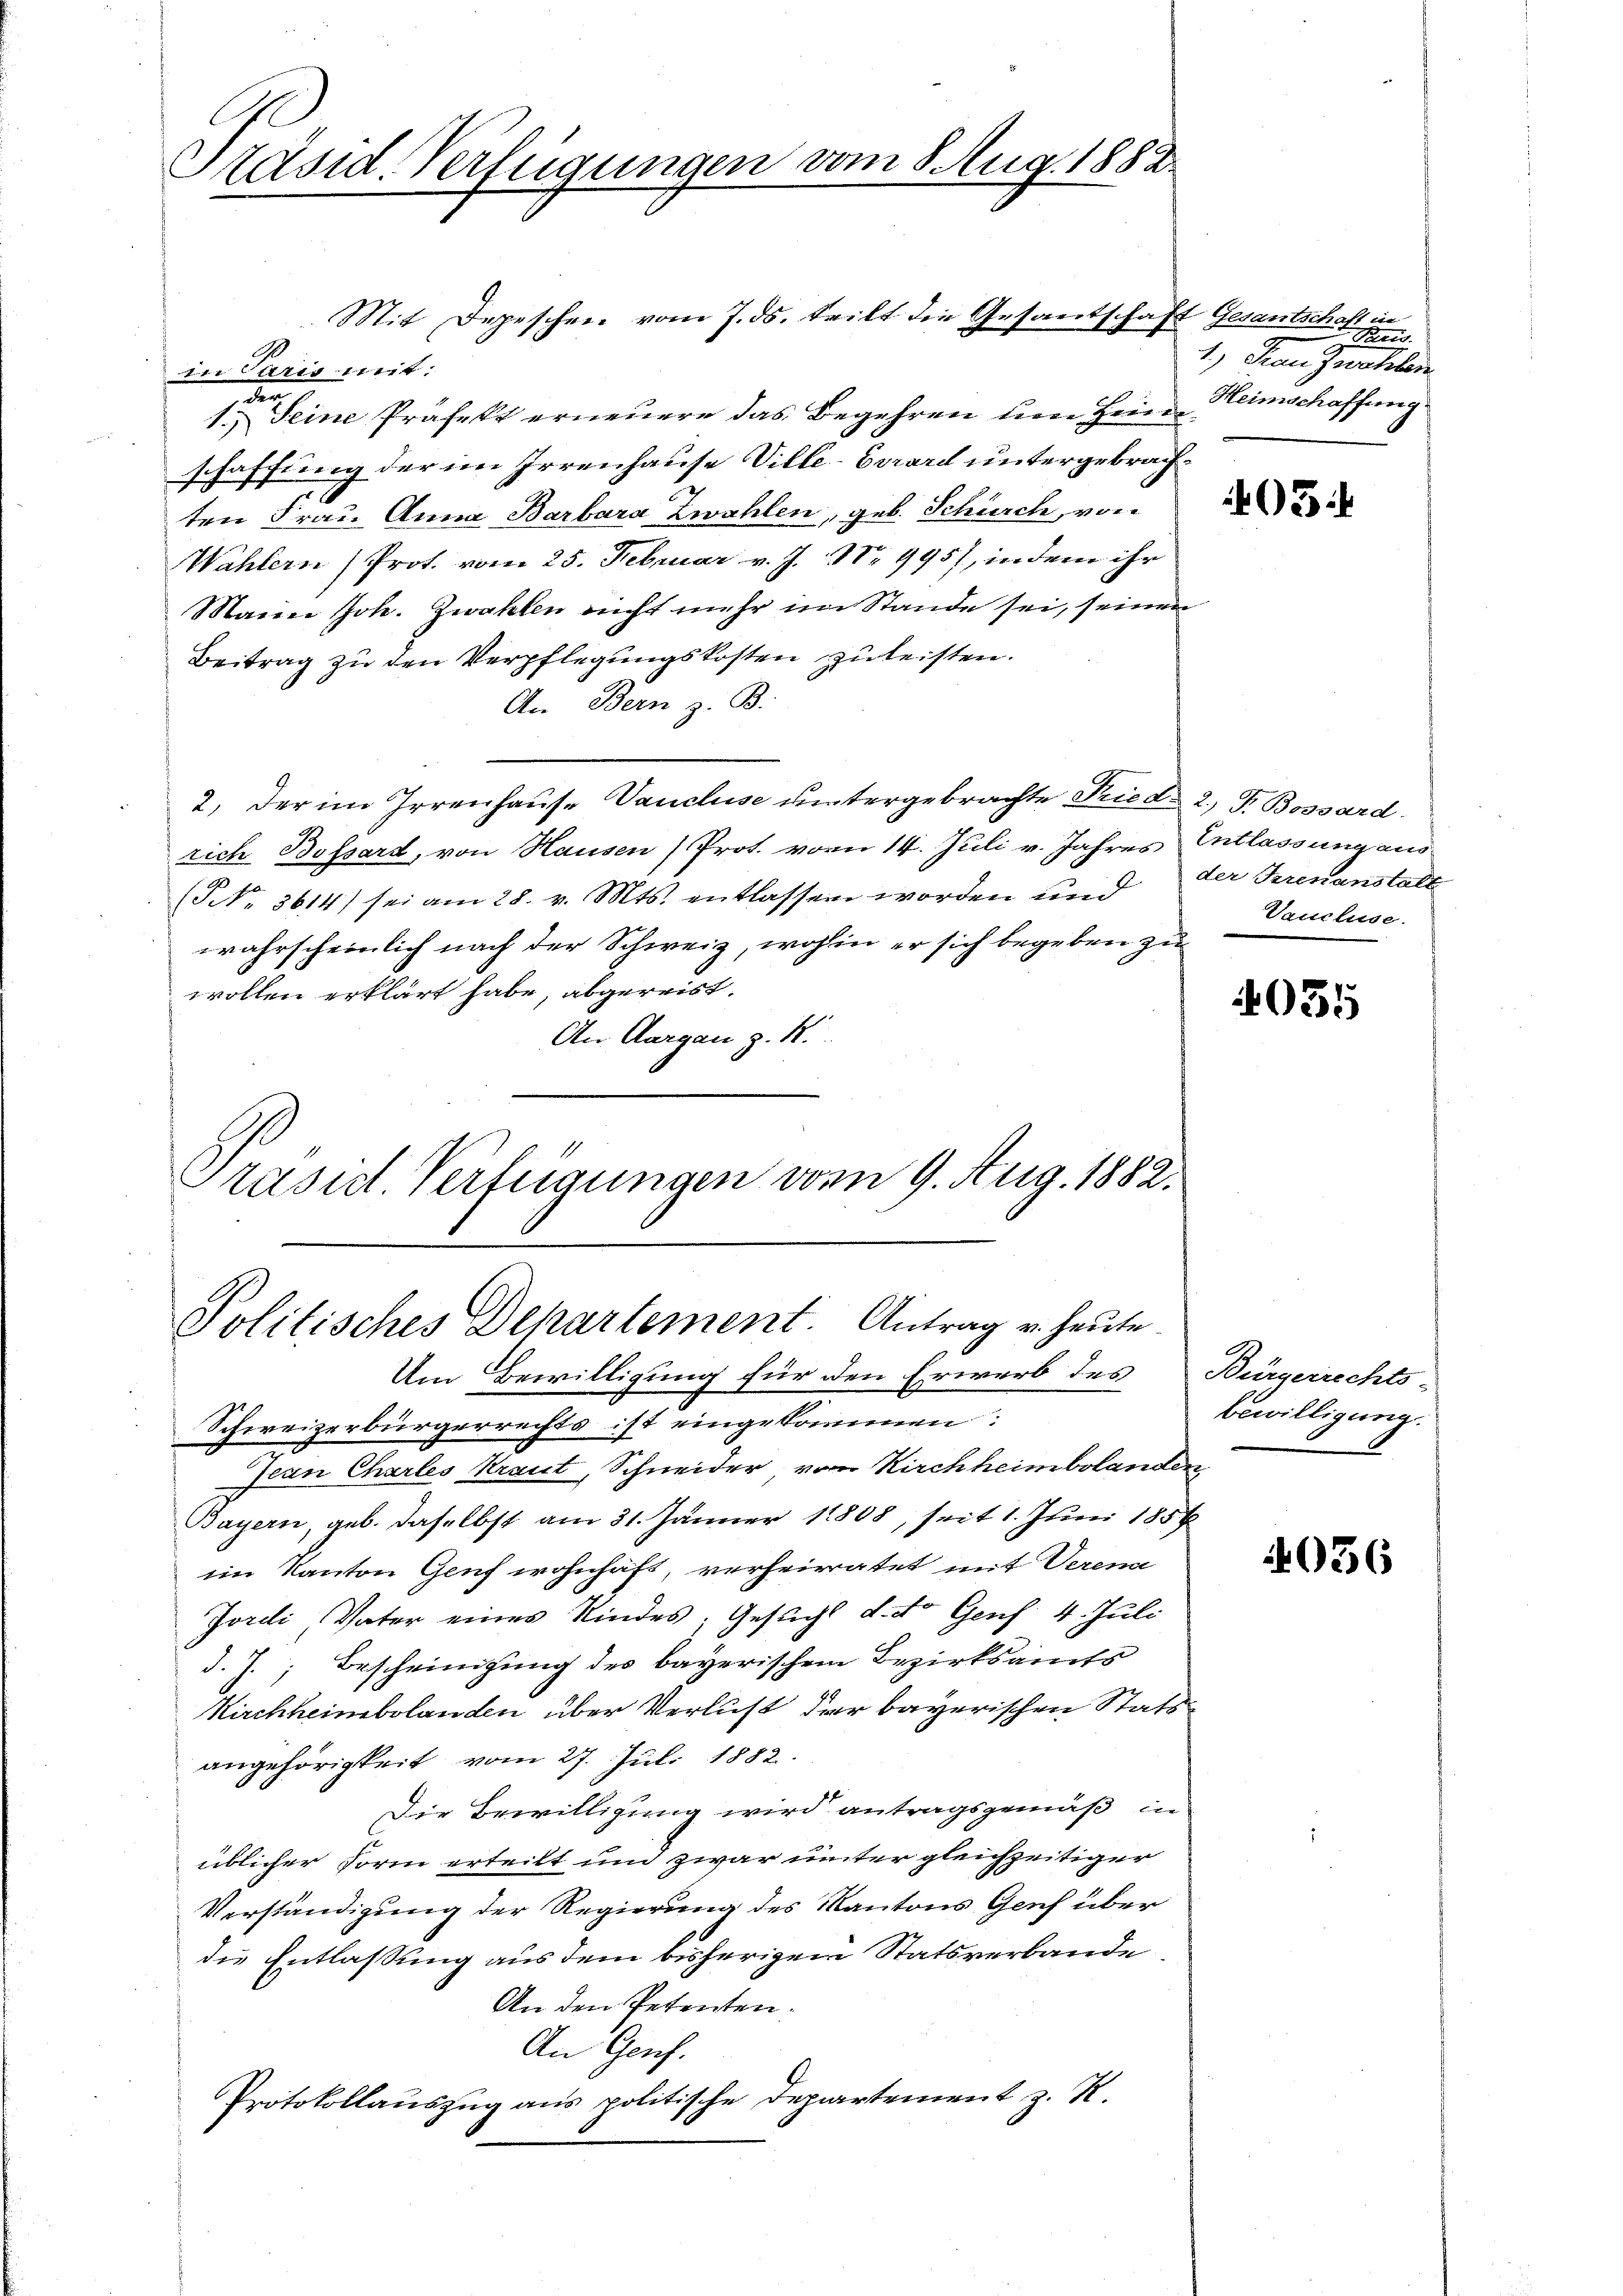
Präsid-Verfügungen vom 8 Aug. 1882

Mit Depeschen vom 7. ds. teilt die Gesandschaft Gesantschaft in
in Paris mit:
den
1. Seine Präfekt erneuere das Begehren um Heim Heimschaffung
schaffung der im Irrenhause Ville-Evrard untergebrachten Frau Anna Barbara Zwahlen, geb. Schürch, von
Wählern Prot. vom 25. Februar v. J. No 9957, indem ihr
Mann Joh. Zwahlen nicht mehr im Stande sei, seinen
Beitrag zu den Verpflegungskosten zu leisten.
An Bern z. B.
2. Der im Irrenhaus. Vancluse untergebrachte Fried 2, P. Bossard
rich Bossard, von Hausen) Prot. vom 14. Juli v. Jahres Entlassung aus¬
(NNo. 3614) sei am 28. v. Mts. entlassen worden und
wahrscheinlich nach der Schweiz, wohin er sich begeben zu
wollen erklärt habe, abgereist.
An Aargau z. K.
Präsid. Verfügungen vom 9. Aug. 1882.

Politisches Departement. Antrag u. heute

Um Bewilligung für den Erwerb des Bürgerrechts-
Schweizerbürgerrechts ist eingekommen:
Jean Chartes Kraut, Schneider, vom Kirchheim belanden
Bayern, geb. daselbst am 31. Jänner 18808, seit 1. Juni 1858
im Kanton Genf wohnhaft, verheiratet mit Veren
Jordi Vater eines Kindes; Gesucht d. d. Genf 4. Juli
d. J., Bescheinigung des bayerischen Bezirksamts
Kirchheimbolanden über Verlust der bayerischen Stats-
angehörigkeit vom 27. Juli 1882.
Die Bewilligung wird antragsgemäß in
üblicher Form erteilt und zwar unter gleichzeitiger
Verständigung der Regierung des Kantons Genf über
die Entlassung aus dem bisherigem Statsverbande
An den Petenten.
An Genf.
Protokollauszug aus politische Departement z. R.

Bei
1.) Frau zwahlen

405.

der Krenanstalt
Vaucluse.

4035

Bewilligung.

4036